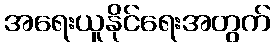
အရေးယူနိုင်ရေးအတွက်